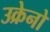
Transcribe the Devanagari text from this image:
उक्रेनो